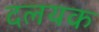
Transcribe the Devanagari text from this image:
दलयक